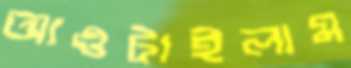
আওটাইলাম